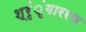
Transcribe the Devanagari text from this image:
श्रृंृंगाररस